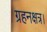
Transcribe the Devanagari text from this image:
ग्रहनक्षत्र।